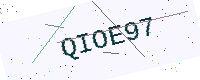
Text: QIOE97